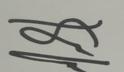
Signature authenticity: genuine